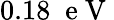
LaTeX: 0.18\; \mathrm{~e~V~}